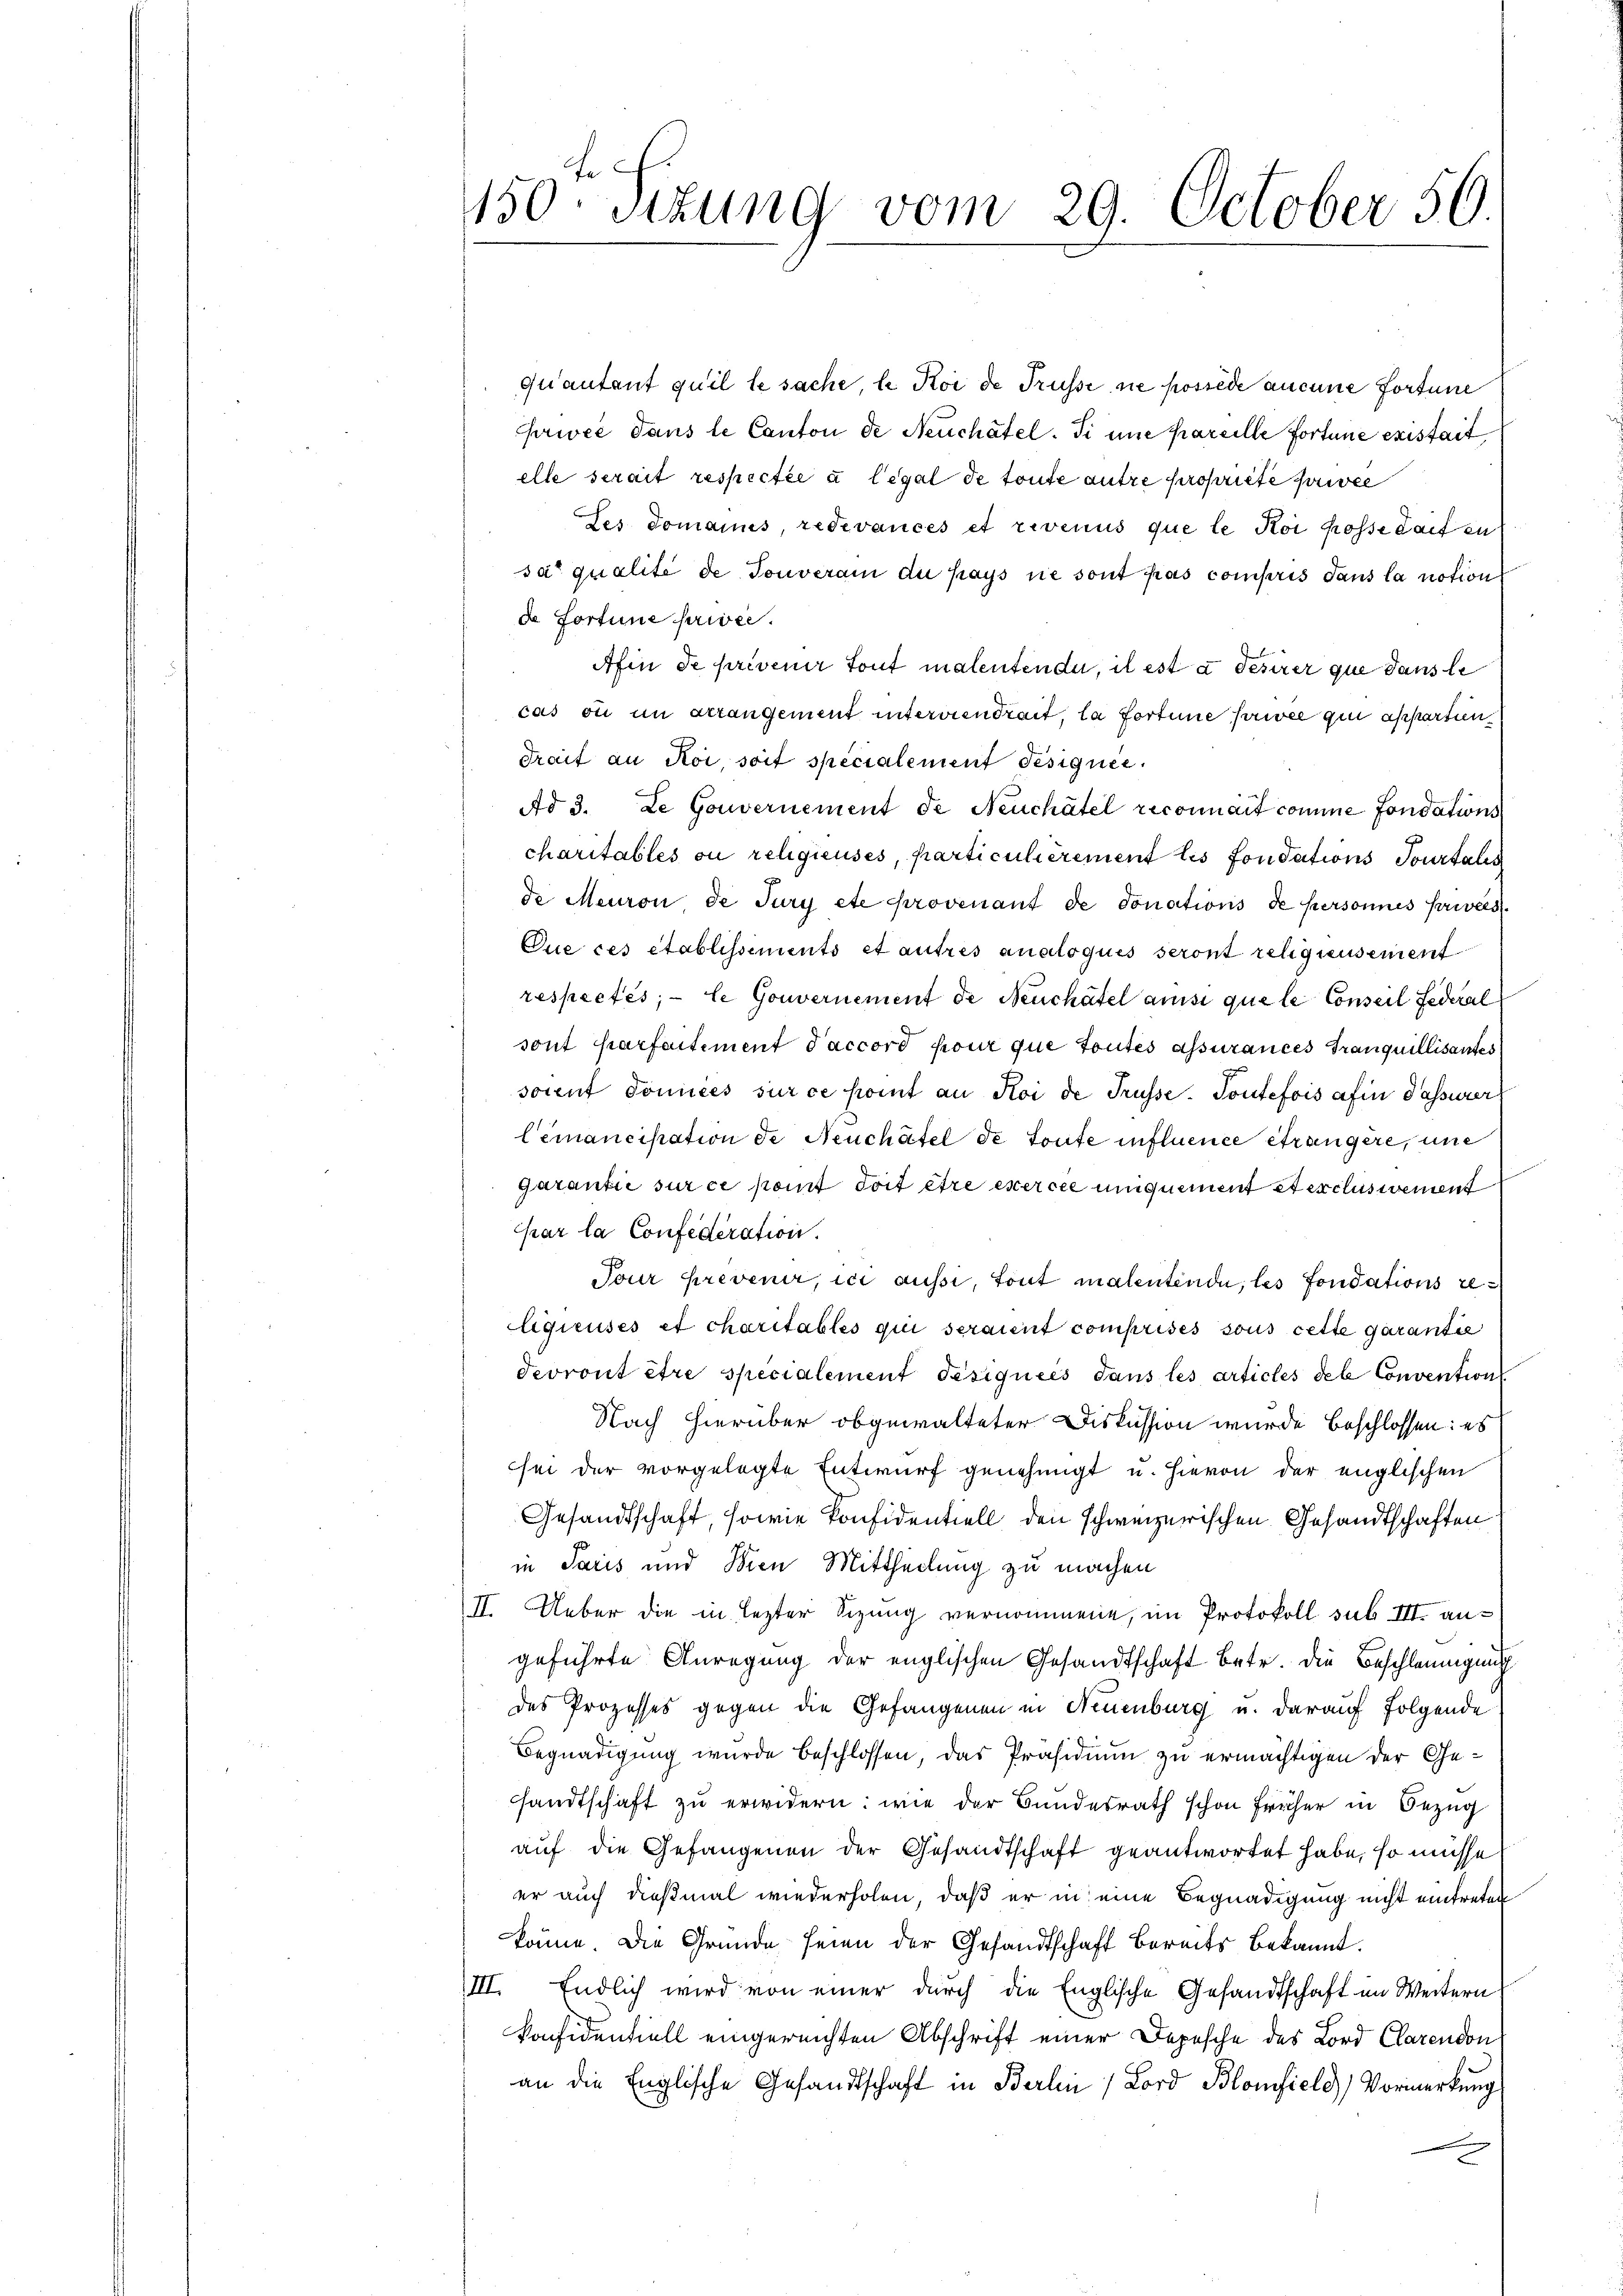
150r Situng vom 29. October 56.

quantant quel le sache, le Koi de Trüsse sie possède aucune fortune
privée dans le Canton de Neuchâtel. Si une pareille fortune existait
elle serait respectée à legal de toute autre propriete suivie
Les domains, redevancés et revenus que le Koi posse darf en
sa qualité de Touverain du pays ne sont pas compris dans la notion
de Fortune privée.
Afin de privener Sont malentende, il est à desirer que dans le
cas ou im arrangement interviendrait, la fortune privée qui appartien,
Trait an Koi, soit specialement Pesignie
Ad 3. Le Gouvernement de Neuchâtel reconnait comme Fondations
charitables ou religieuses, particulierement les fondations Sourtalis
de Meuron, de Jury etc provenant de donations de personnes Privées
Que ces établissements et autres analoquis seront religieusement
respectés; - le Gouvernement de Neuchâtel ansi que le Conseil Federal
sont parfaitement Saccord pour que toutes assurances Tranquillisantes
soient données sur ce komt an Koi de Trüsse. Toutefois afin Passurer
lemancipation de Neuchâtel de toute influence étrangere, une
garantie sur ce point doit être exercée umquement et exclusiement
par la Confederation.
Tour prevenir, ici aussi, tout malentende, les fondations re¬
Egieuses et charitables qui seraient comprises sous cette garantie
devront être specialement Pesiquées dans les articles dete Convention
Nach hierüber obgewalteter Diskussion wurde beschlossen: es
sei der vorgelegte Entwurf genehmigt u. Hievon der englischen
Gesandtschaft, sowie konfidentiell den schweizerischen Gesandtschaften
in Paris und Wien Mittheilung zu machen
II. Ueber die in lezter Sizung vernommene, im Protokoll sub III angeführte Anregung der englischen Gesandtschaft betr. die Beschleunigung
des Prozesses gegen die Gefangenen in Neuenburg u. darauf folgende
Begnadigung wurde beschlossen, das Präsidium zu ermächtigen der Gesandtschaft zu erwidern: wie der Bundesrath schon früher in Bezug
auf die Gefangenen der Gesandtschaft geantwortet habe, so müsse
er auch dießmal wiederholen, daß er in eine Begnadigung nicht eintreten
könne. Die Gründe seien der Gesandtschaft bereits bekannt.
III. Endlich wird von einer durch die Englische Gesandtschaft im Weitern
konfidentiell eingereichten Abschrift einer Depesche des Lord Clarendon
an die Englische Gesandtschaft in Berlin 1 Lord Blomfiele Vormerkŭng